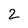
Character: 2